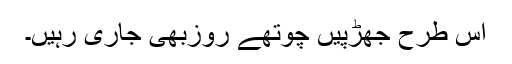
اس طرح جھڑپیں چوتھے روزبھی جاری رہیں۔